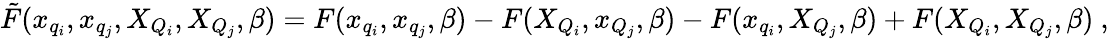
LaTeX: \tilde{F}(x_{q_{i}},x_{q_{j}},X_{Q_{i}},X_{Q_{j}},\beta)=F(x_{q_{i}},x_{q_{j}},\beta)-F(X_{Q_{i}},x_{Q_{j}},\beta)-F(x_{q_{i}},X_{Q_{j}},\beta)+F(X_{Q_{i}},X_{Q_{j}},\beta)\ ,